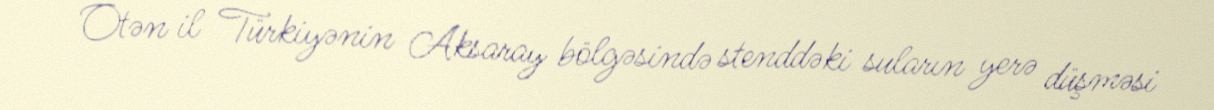
Ötən il Türkiyənin Aksaray bölgəsində stenddəki suların yerə düşməsi